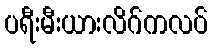
ပရီးမီးယားလိဂ်ကလပ်